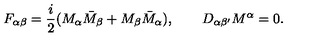
F _ { \alpha \beta } = { \frac { i } { 2 } } ( M _ { \alpha } \bar { M } _ { \beta } + M _ { \beta } \bar { M } _ { \alpha } ) , \quad \quad D _ { \alpha \beta ^ { \prime } } M ^ { \alpha } = 0 .